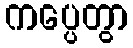
ကပ္ပေတွာ